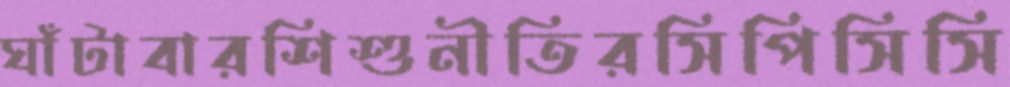
ঘাঁটাবারশিশুনীতিরসিপিসিসি